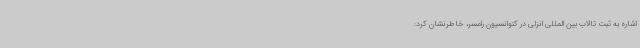
اشاره به ثبت تالاب بین المللی انزلی در کنوانسیون رامسر، خاطرنشان کرد: